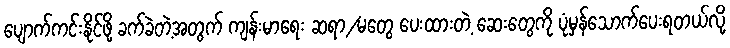
ပျောက်ကင်းနိုင်ဖို့ ခက်ခဲတဲ့အတွက် ကျန်းမာရေး ဆရာ/မတွေ ပေးထားတဲ့ ဆေးတွေကို ပုံမှန်သောက်ပေးရတယ်လို့